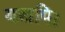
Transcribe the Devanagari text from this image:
यद्यपि।